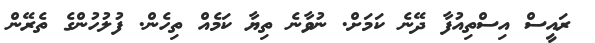
ރައީސް އިސްތިއުފާ ދޭނެ ކަމަށް. ނުވާނެ ތިޔާ ކަމެއް ތިހެން. ފުލުހުންގެ ތެރޭން